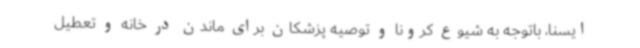
ایسنا، باتوجه به شیوع کرونا و توصیه پزشکان برای ماندن در خانه و تعطیل